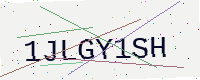
Text: 1JLGY1SH